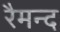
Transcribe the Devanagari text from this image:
रैमन्द